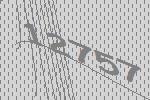
12757